Civil Veterinary Dept. Bombay admin report 1932-41 - 1932-1941
Year: 1932
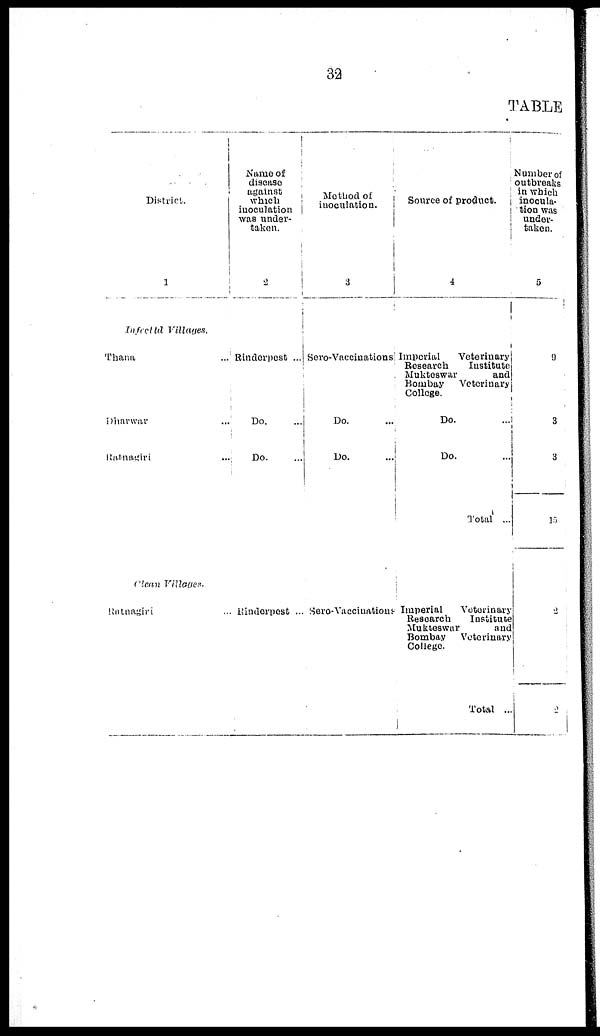
32
TABLE
District.
1
Infrettd Villages.
Thana
Dharwar
Balnagiri
clean Villages
Ratnagiri
Name
of
disease
against
which
inoculation
was under-
taken.
2
... Rinderpest ...
... Do. ...
... Do. ...
... Rindorpest ...
Method of inoculation.
3
Sero-Vaccinations
Do. ...
Do.
...
Sero-Vaccinations
Source of product.
4
Imperial
Veterinary
Research
Institute
Mukteswar
and
Bombay
Veterinary
College.
Do. ...
Do.
...
Total ...
Imperial
Veterinary
Research
Institute
Mukteswar
and
Bombay
Veterinary
College.
Total ...
Number of
outbreaks
in which
inocula-
tion was
under-
taken.
5
9
3
3
17
2